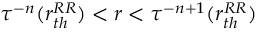
\tau ^ { - n } ( r _ { t h } ^ { R R } ) < r < \tau ^ { - n + 1 } ( r _ { t h } ^ { R R } )